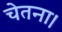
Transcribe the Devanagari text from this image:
चेतना।